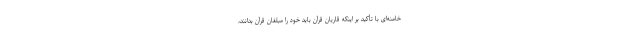
خامنه‌ای با تأکید بر اینکه قاریان قرآن باید خود را مبلغان قرآن بدانند،